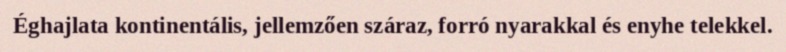
Éghajlata kontinentális, jellemzően száraz, forró nyarakkal és enyhe telekkel.